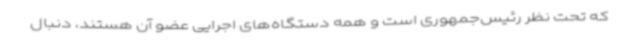
که تحت نظر رئیس‌جمهوری است و همه دستگاه‌های اجرایی عضو آن هستند، دنبال